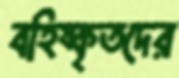
বহিষ্কৃতদের